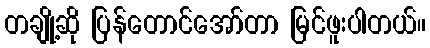
တချို့ဆို ပြန်တောင်အော်တာ မြင်ဖူးပါတယ်။